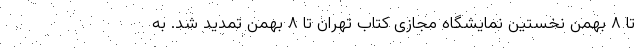
تا ۸ بهمن نخستین نمایشگاه مجازی کتاب تهران تا ۸ بهمن تمدید شد. به